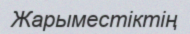
Жарыместіктің